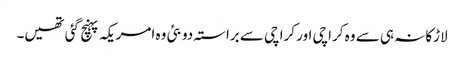
لاڑکانہ ہی سے وہ کراچی اور کراچی سے براستہ دوبئی وہ امریکہ پہنچ گئی تھیں۔